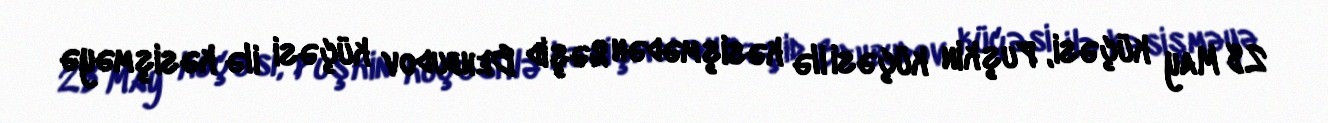
28 May küçəsi, Puşkin küçəsi ilə kəsişmədən Rəşid Behbudov küçəsi ilə kəsişməyə